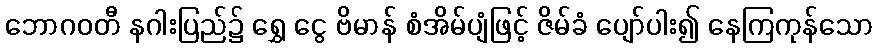
ဘောဂဝတီ နဂါးပြည်၌ ရွှေ ငွေ ဗိမာန် စံအိမ်ပျံဖြင့် ဇိမ်ခံ ပျော်ပါး၍ နေကြကုန်သော